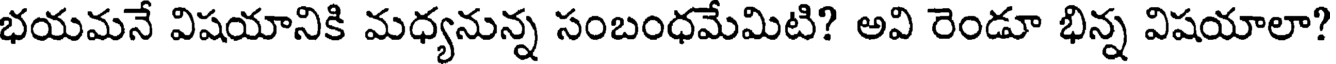
భయమనే విషయానికి మధ్యనున్న సంబంధమేమిటి? అవి రెండూ భిన్న విషయాలా?